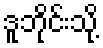
ဒူဘိုင်းသို့